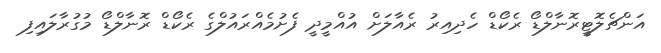
އަންޗެލޮޓީރޮނާލްޑޯ ރެކޯޑް ހެދިއިރު ރެއާލަށް އުއްމީދީ ފެށުމެއްރައުލްގެ ރެކޯޑް ރޮނާލްޑޯ މުގުރާލައިފި